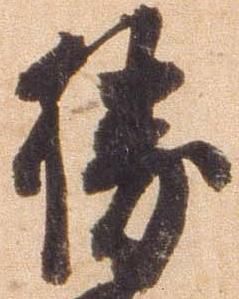
勝